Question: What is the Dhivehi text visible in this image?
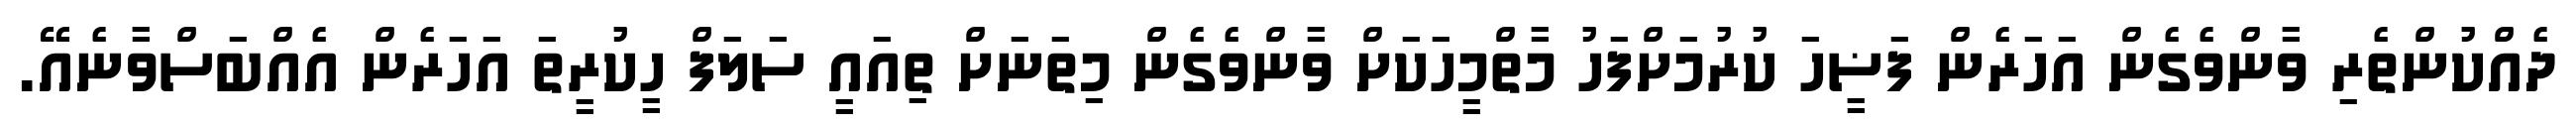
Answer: ދެއްކުންތެރި ވާންވެގެން އަހަރެން ފަޟީހަ ކުރުމަށްފަހު މާތްމީހަކަށް ވާންވެގެން މިތަނަށް ތިއައީ ސަލަފް ހީކުރީތަ އަހަރެން އެއްބަސްވާނެއޭ.